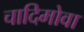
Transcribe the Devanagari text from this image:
चादिमोवा